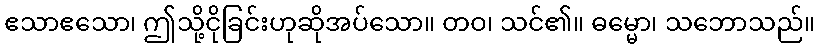
ဧသာဧသော၊ ဤသို့ငိုခြင်းဟုဆိုအပ်သော။ တဝ၊ သင်၏။ ဓမ္မော၊ သဘောသည်။